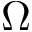
\Omega